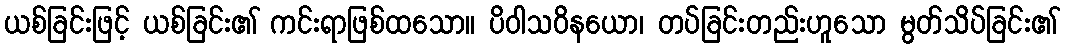
ယစ်ခြင်းဖြင့် ယစ်ခြင်း၏ ကင်းရာဖြစ်ထသော။ ပိဝါသဝိနယော၊ တပ်ခြင်းတည်းဟူသော မွတ်သိပ်ခြင်း၏